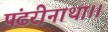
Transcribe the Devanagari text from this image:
पंढरीनाथा।।